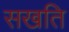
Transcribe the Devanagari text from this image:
सखति